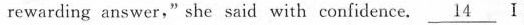
rewarting answer," she said with confidence,\underline{14} I